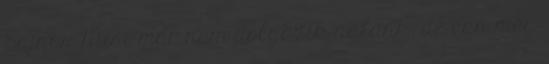
Sajnos Misi már nem dolgozik nálunk, de van még